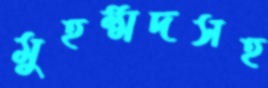
মুহম্মদসহ